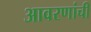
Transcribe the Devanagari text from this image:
आवरणांची